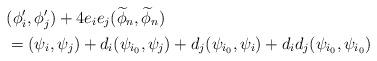
LaTeX: \begin{align*}&(\phi_i',\phi_j')+4e_ie_j(\widetilde \phi_n,\widetilde \phi_n) \\&=(\psi_i,\psi_j)+d_i(\psi_{i_0},\psi_j)+d_j(\psi_{i_0},\psi_i)+d_id_j(\psi_{i_0},\psi_{i_0})\end{align*}